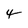
Character: 4